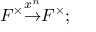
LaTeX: F ^ { \times } { \overset { x ^ { n } } { \to } } F ^ { \times } ;